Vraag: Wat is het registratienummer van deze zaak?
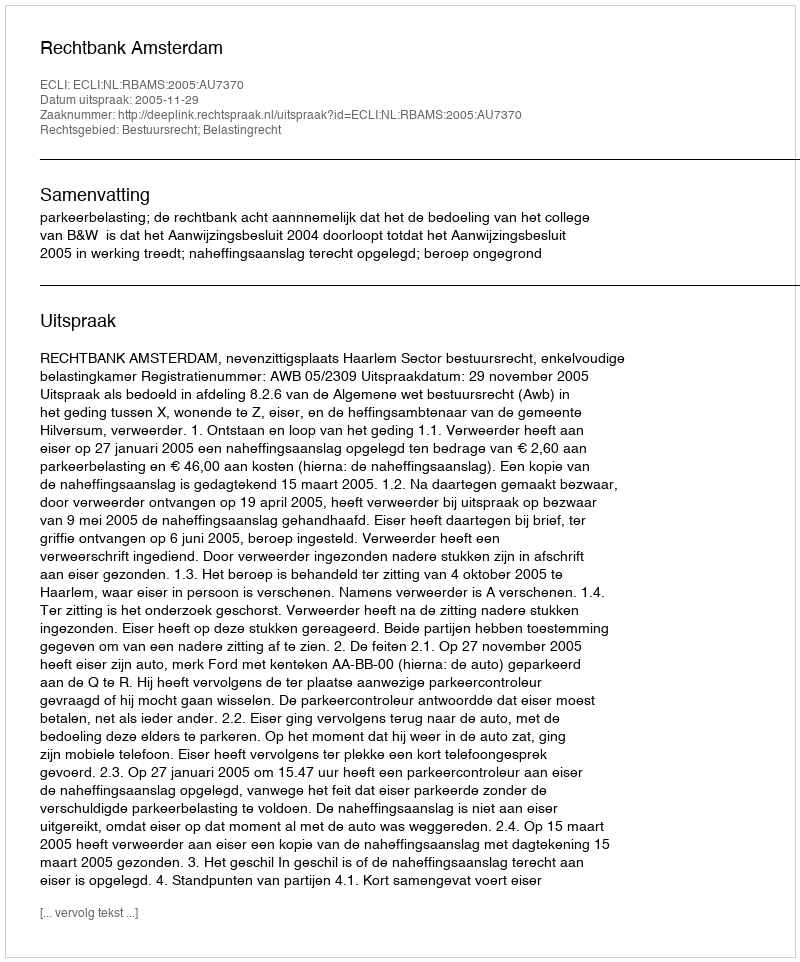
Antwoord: http://deeplink.rechtspraak.nl/uitspraak?id=ECLI:NL:RBAMS:2005:AU7370